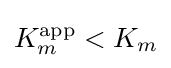
K_{m}^{\text{app}}<K_{m}